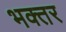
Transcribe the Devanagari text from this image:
भक्तर